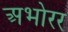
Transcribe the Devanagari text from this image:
अभोरर